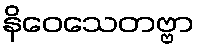
နိဝေသေတဗ္ဗာ